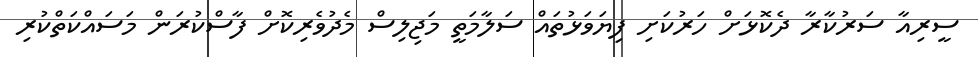
ސީރިއާ ސަރުކާރާ ދެކޮޅަށް ހަރުކަށި ފިޔަވަޅުތައް ސަލާމަތީ މަޖިލިސް މެދުވެރިކޮށް ފާސްކުރަން މަސައްކަތްކުރި